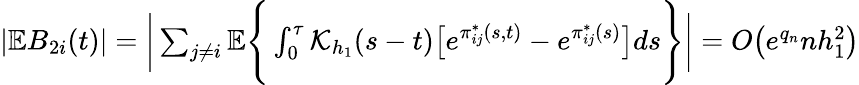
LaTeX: \begin{array}{r}{|\mathbb{E}B_{2i}(t)|=\bigg|\sum_{j\neq i}\mathbb{E}\Bigg\{ \int_{0}^{\tau}\mathcal{K}_{h_{1}}(s-t)\big[e^{\pi_{ij}^{*}(s,t)}-e^{\pi_{ij}^{*}(s)}\big]ds\Bigg\} \bigg|=O\big(e^{q_{n}}nh_{1}^{2}\big)}\end{array}